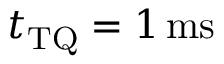
t _ { \mathrm { T Q } } = 1 \ensuremath { \, \mathrm { m s } }